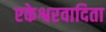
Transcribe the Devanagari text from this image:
एकेश्वरवादिता